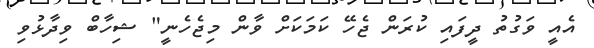
އެއީ ވަގުތު ދީފައި ކުރަން ޖެހޭ ކަމަކަށް ވާން މިޖެހެނީ" ޝިހާބް ވިދާޅުވި